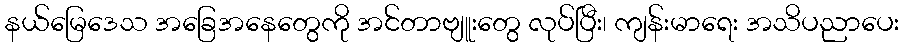
နယ်မြေဒေသ အခြေအနေတွေကို အင်တာဗျူးတွေ လုပ်ပြီး၊ ကျန်းမာရေး အသိပညာပေး